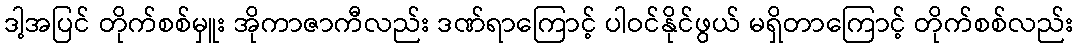
ဒါ့အပြင် တိုက်စစ်မှူး အိုကာဇာကီလည်း ဒဏ်ရာကြောင့် ပါဝင်နိုင်ဖွယ် မရှိတာကြောင့် တိုက်စစ်လည်း